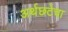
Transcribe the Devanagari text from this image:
अर्थछटेचा